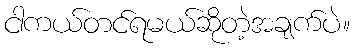
ငါကယ်တင်ရမယ်ဆိုတဲ့အချက်ပဲ။